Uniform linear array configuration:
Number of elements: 24
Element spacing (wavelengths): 0.75
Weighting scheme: uniform
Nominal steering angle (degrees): -15
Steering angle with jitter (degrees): -15.024
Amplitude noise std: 0.05
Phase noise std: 0.05

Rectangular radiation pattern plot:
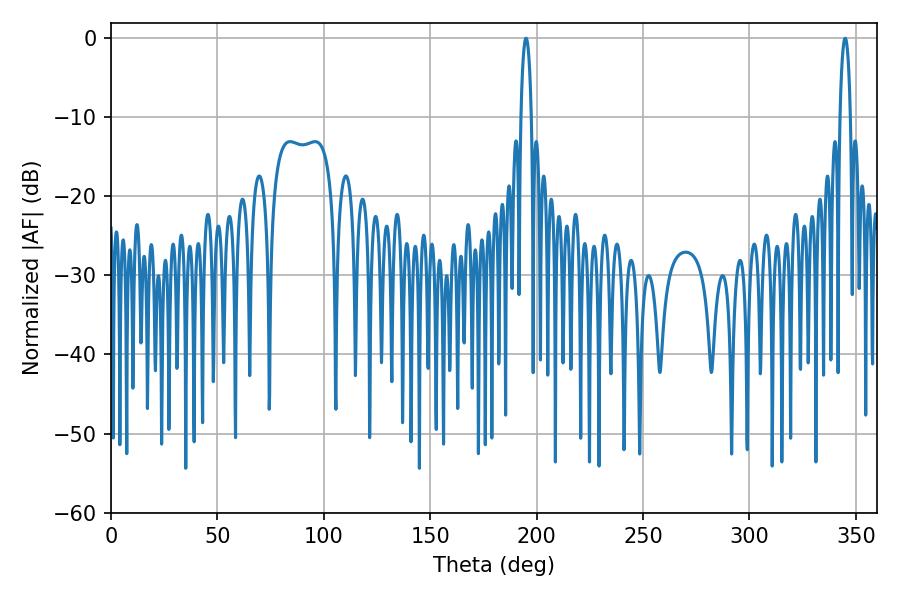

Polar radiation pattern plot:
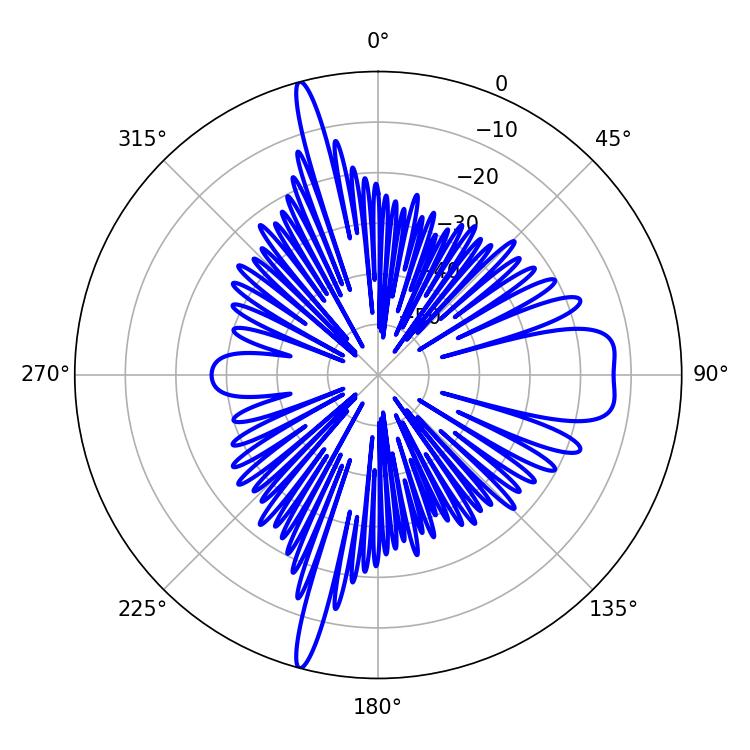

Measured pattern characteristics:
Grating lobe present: TRUE
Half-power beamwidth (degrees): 2.7
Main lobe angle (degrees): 194.94